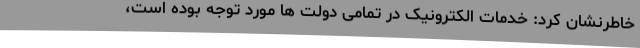
خاطرنشان کرد: خدمات الکترونیک در تمامی دولت ها مورد توجه بوده است،